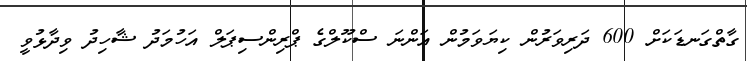
ގާތްގަނޑަކަށް 600 ދަރިވަރުން ކިޔަވަމުން އަންނަ ސްކޫލްގެ ޕްރިންސިޕަލް އަހުމަދު ޝާހިދު ވިދާޅުވީ